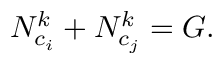
N _ { c _ { i } } ^ { k } + N _ { c _ { j } } ^ { k } = G .